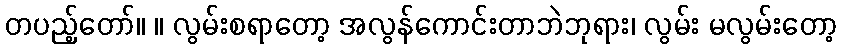
တပည့်တော်။ ။ လွမ်းစရာတော့ အလွန်ကောင်းတာဘဲဘုရား၊ လွမ်း မလွမ်းတော့